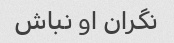
نگران او نباش